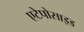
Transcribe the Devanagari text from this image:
एटेपोसाइड